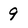
Character: 9